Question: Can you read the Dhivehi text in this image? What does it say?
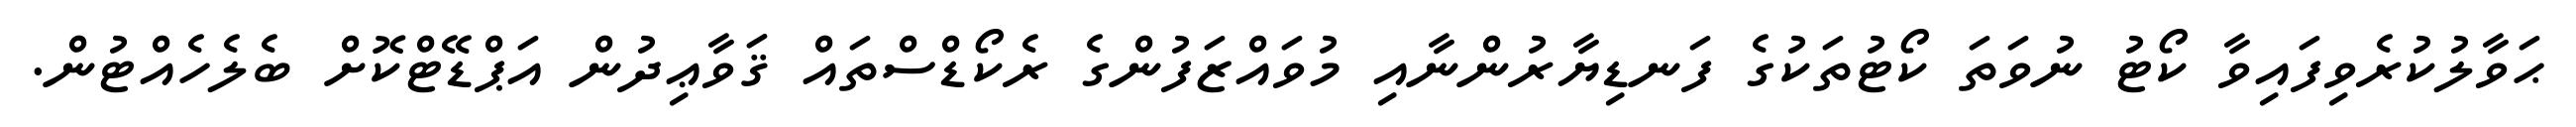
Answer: ޙަވާލުކުރެވިފައިވާ ކޯޓު ނުވަތަ ކޯޓުތަކުގެ ފަނޑިޔާރުންނާއި މުވައްޒަފުންގެ ރެކޯޑްސްތައް ޤަވާޢިދުން އަޕްޑޭޓްކޮށް ބެލެހެއްޓުން.